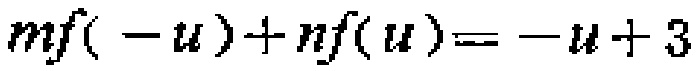
\(mf( -u)+nf(u)= -u + 3\)